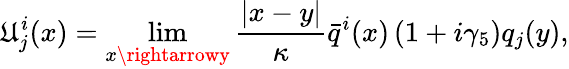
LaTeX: \mathfrak{U}_{j}^{i}(x)=\operatorname*{lim}_{x\rightarrowy}{\frac{{\left|x-y\right|}}{{\kappa}}}\bar{{q}}^{i}(x)\left(1+i\gamma_{5}\right)q_{j}(y),